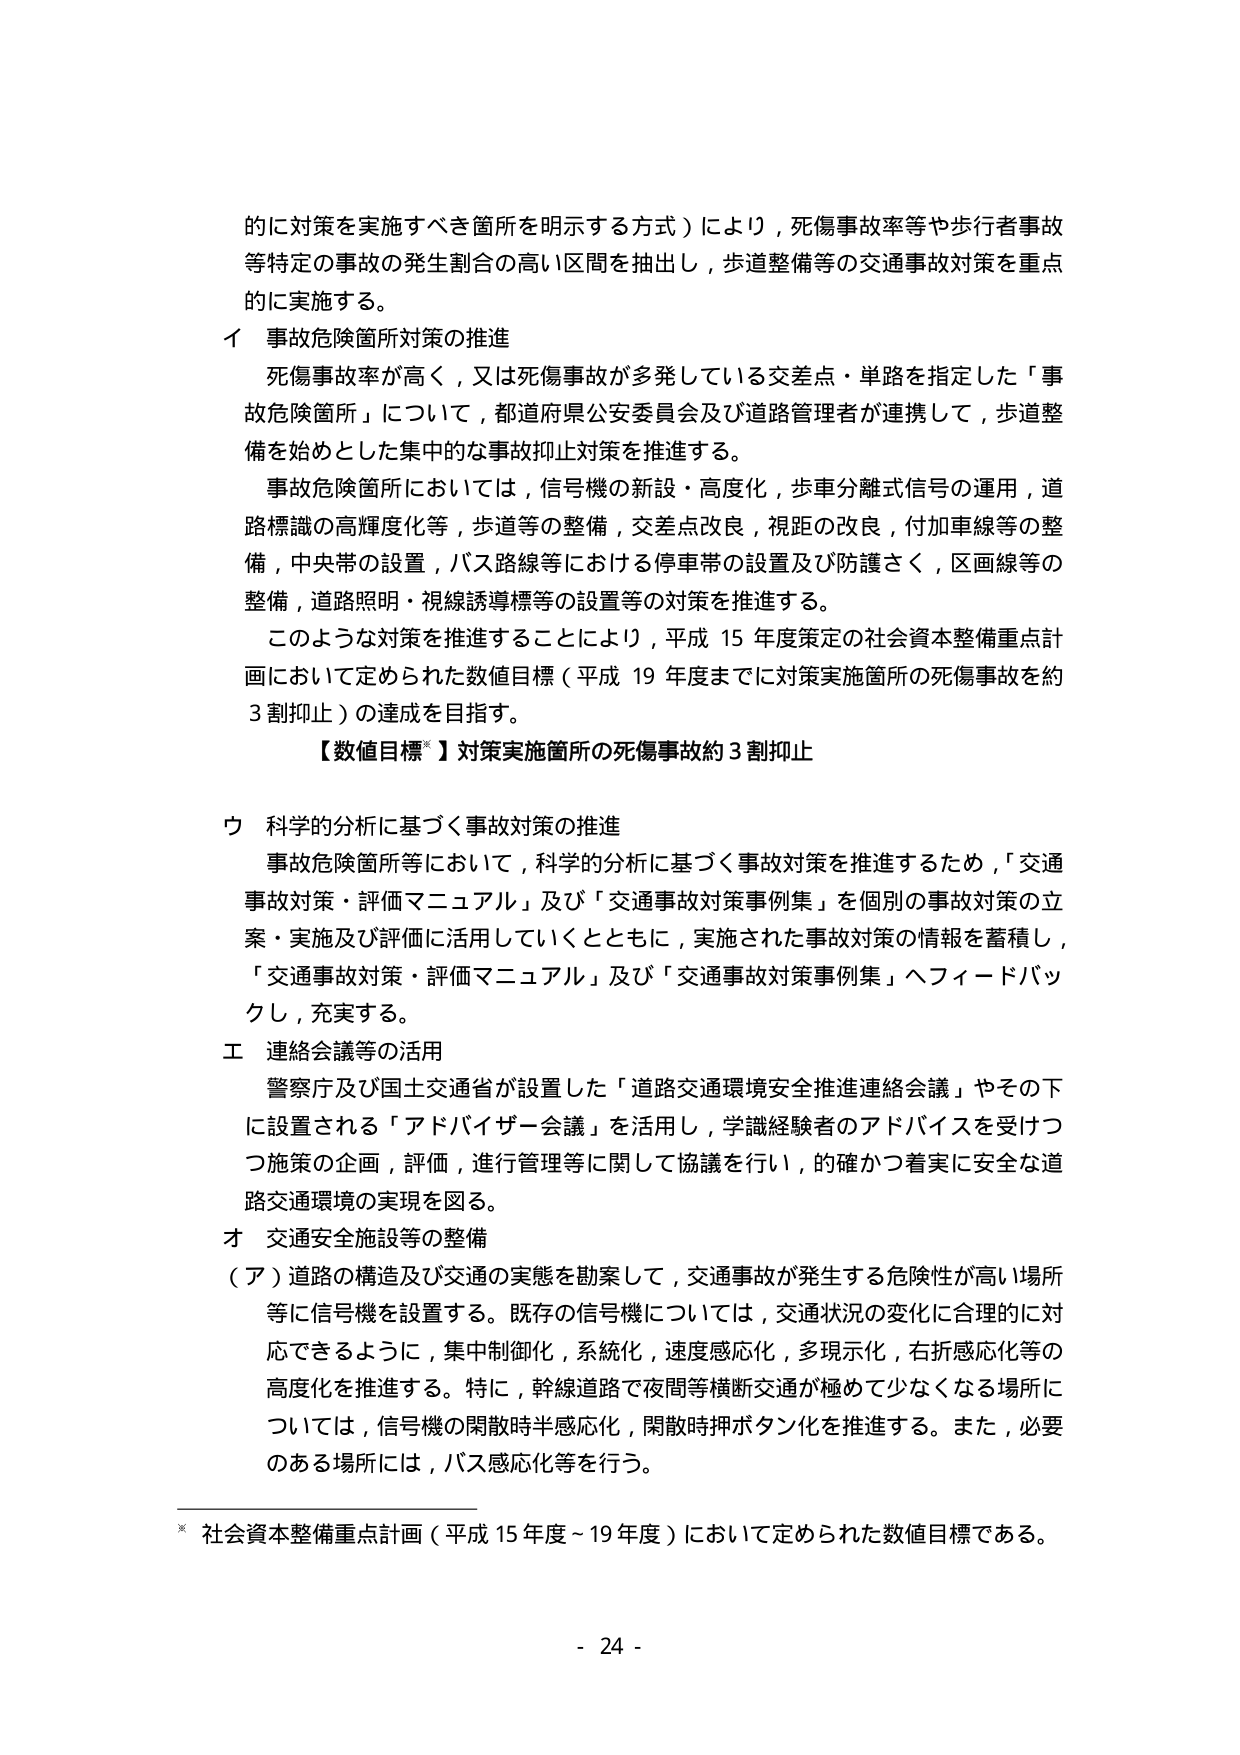
的に対策を実施すべき箇所を明示する方式）により，死傷事故率等や歩行者事故等特定の事故の発生割合の高い区間を抽出し，歩道整備等の交通事故対策を重点的に実施する。

イ 事故危険箇所対策の推進
死傷事故率が高く，又は死傷事故が多発している交差点・単路を指定した「事故危険箇所」について，都道府県公安委員会及び道路管理者が連携して，歩道整備を始めとした集中的な事故抑止対策を推進する。
事故危険箇所においては，信号機の新設・高度化，歩車分離式信号の運用，道路標識の高輝度化等，歩道等の整備，交差点改良，視距の改良，付加車線等の整備，中央帯の設置，バス路線等における停車帯の設置及び防護さく，区画線等の整備，道路照明・視線誘導標等の設置等の対策を推進する。
このような対策を推進することにより，平成15年度策定の社会資本整備重点計画において定められた数値目標（平成19年度までに対策実施箇所の死傷事故を約3割抑止）の達成を目指す。
【数値目標※】対策実施箇所の死傷事故約3割抑止

ウ 科学的分析に基づく事故対策の推進
事故危険箇所等において，科学的分析に基づく事故対策を推進するため，「交通事故対策・評価マニュアル」及び「交通事故対策事例集」を個別の事故対策の立案・実施及び評価に活用していくとともに，実施された事故対策の情報を蓄積し，「交通事故対策・評価マニュアル」及び「交通事故対策事例集」へフィードバックし，充実する。

エ 連絡会議等の活用
警察庁及び国土交通省が設置した「道路交通環境安全推進連絡会議」やその下に設置される「アドバイザー会議」を活用し，学識経験者のアドバイスを受けつつ施策の企画，評価，進行管理等に関して協議を行い，的確かつ着実に安全な道路交通環境の実現を図る。

オ 交通安全施設等の整備
（ア）道路の構造及び交通の実態を勘案して，交通事故が発生する危険性が高い場所等に信号機を設置する。既存の信号機については，交通状況の変化に合理的に対応できるように，集中制御化，系統化，速度感応化，多現示化，右折感応化等の高度化を推進する。特に，幹線道路で夜間等横断交通が極めて少なくなる場所については，信号機の閉散時半感応化，閉散時押ボタン化を推進する。また，必要のある場所には，バス感応化等を行う。

※ 社会資本整備重点計画（平成15年度～19年度）において定められた数値目標である。

- 24 -